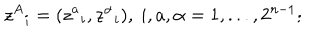
z ^ { A } { } _ { i } = ( z ^ { a } { } _ { i } , z ^ { \alpha } { } _ { i } ) , \ i , a , \alpha = 1 , . . . , 2 ^ { n - 1 } ;